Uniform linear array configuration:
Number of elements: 32
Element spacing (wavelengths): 0.25
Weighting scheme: hamming
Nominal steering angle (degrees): -15
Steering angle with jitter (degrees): -15.666
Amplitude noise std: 0.05
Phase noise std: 0.05

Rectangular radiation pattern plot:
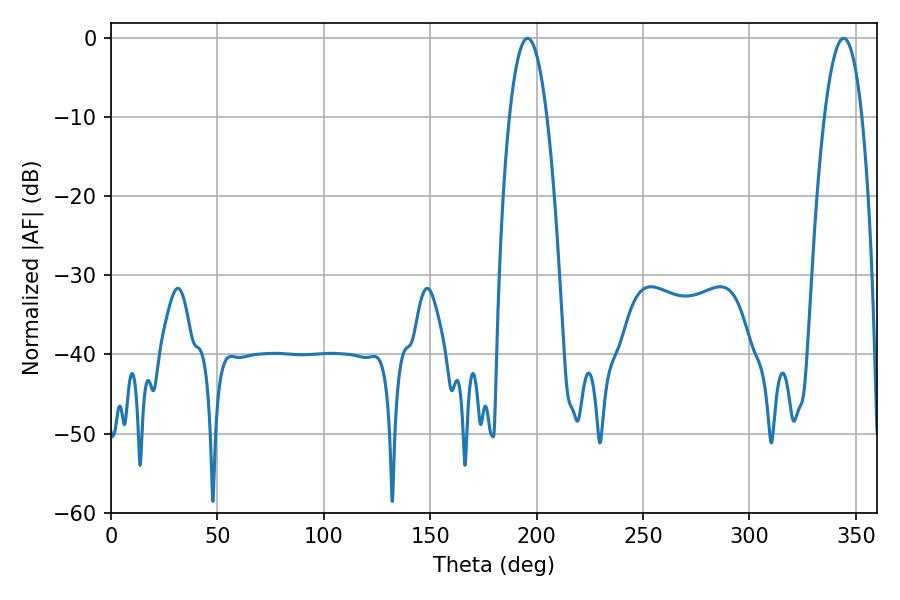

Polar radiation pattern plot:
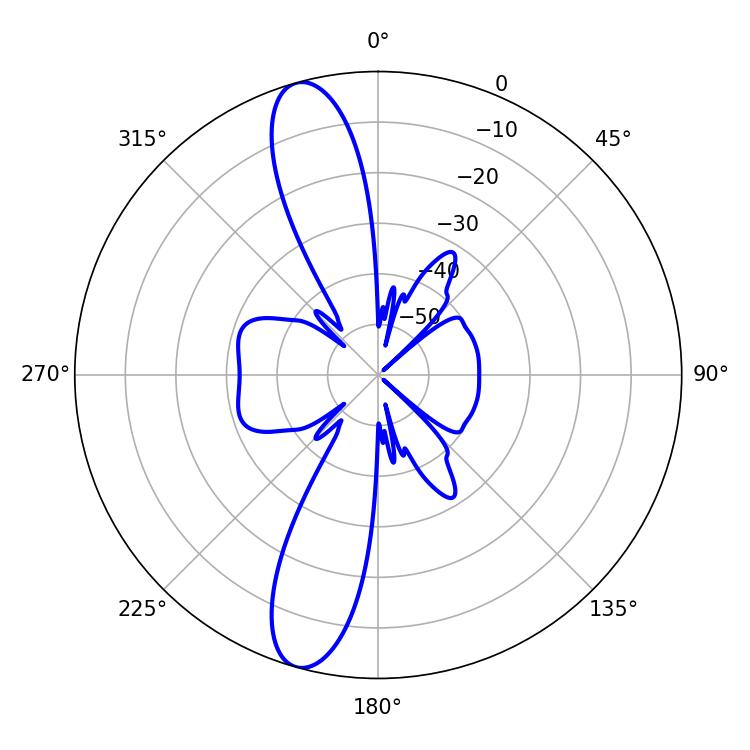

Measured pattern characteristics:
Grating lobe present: FALSE
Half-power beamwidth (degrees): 9.72
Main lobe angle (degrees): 195.66